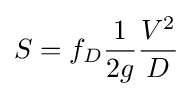
S=f_{D}{\frac {1}{2g}}{\frac {V^{2}}{D}}